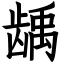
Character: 龋